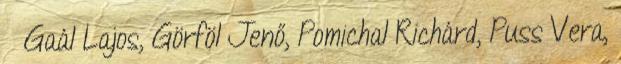
↑ Gaál Lajos, Görföl Jenő, Pomichal Richárd, Puss Vera,